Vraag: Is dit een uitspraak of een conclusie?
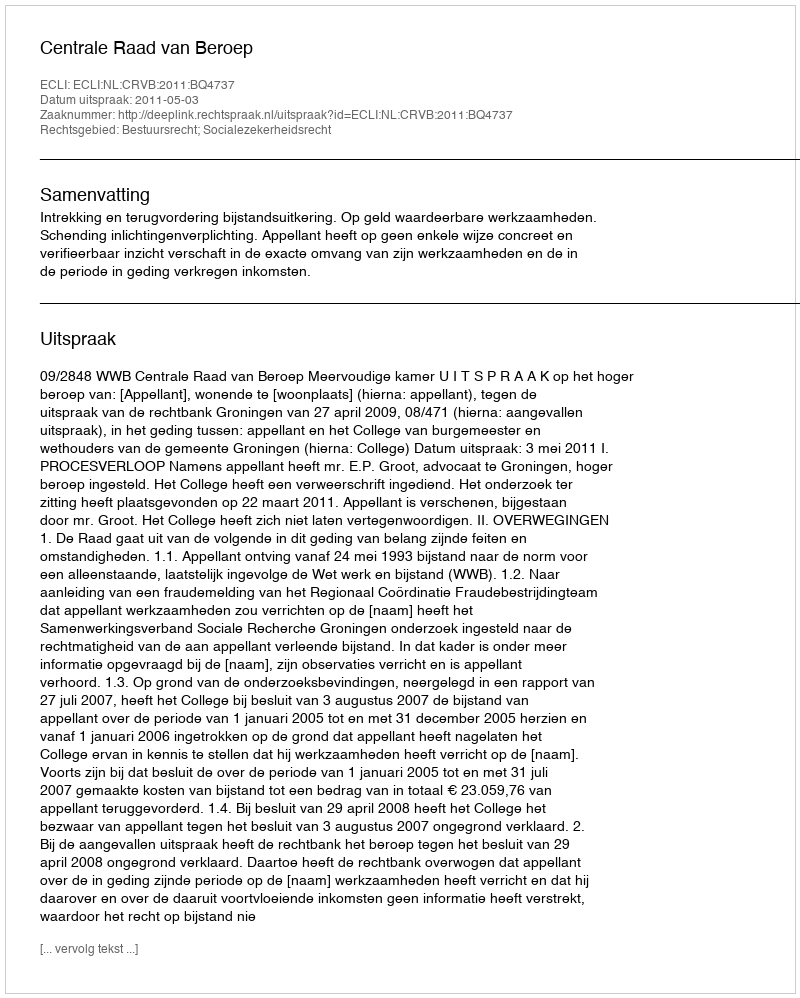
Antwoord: Uitspraak